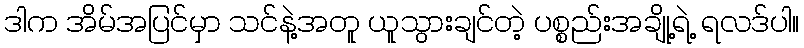
ဒါက အိမ်အပြင်မှာ သင်နဲ့အတူ ယူသွားချင်တဲ့ ပစ္စည်းအချို့ရဲ့ ရလဒ်ပါ။